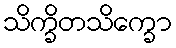
သိက္ခိတသိက္ခော